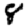
Digit: 8